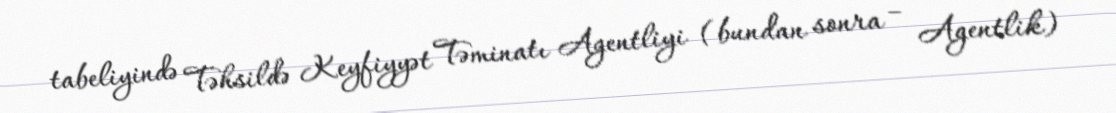
tabeliyində Təhsildə Keyfiyyət Təminatı Agentliyi (bundan sonra – Agentlik)